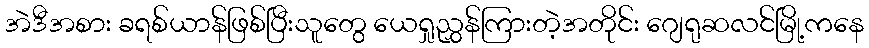
အဲဒီအစား ခရစ်ယာန်ဖြစ်ပြီးသူတွေ ယေရှုညွှန်ကြားတဲ့အတိုင်း ဂျေရုဆလင်မြို့ကနေ